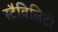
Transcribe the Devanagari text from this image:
स्टैविलिटी